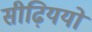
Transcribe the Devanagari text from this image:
सीढ़िययों